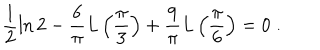
\frac { 1 } { 2 } \ln 2 - \frac { 6 } { \pi } L \left( \frac { \pi } { 3 } \right) + \frac { 9 } { \pi } L \left( \frac { \pi } { 6 } \right) = 0 \; .